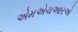
એમએચઆરએ